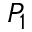
P _ { 1 }